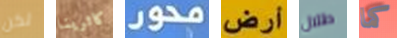
لكن كاثرينا محور أرض طلال كما